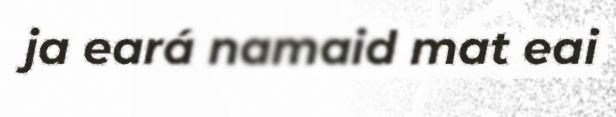
ja eará namaid mat eai